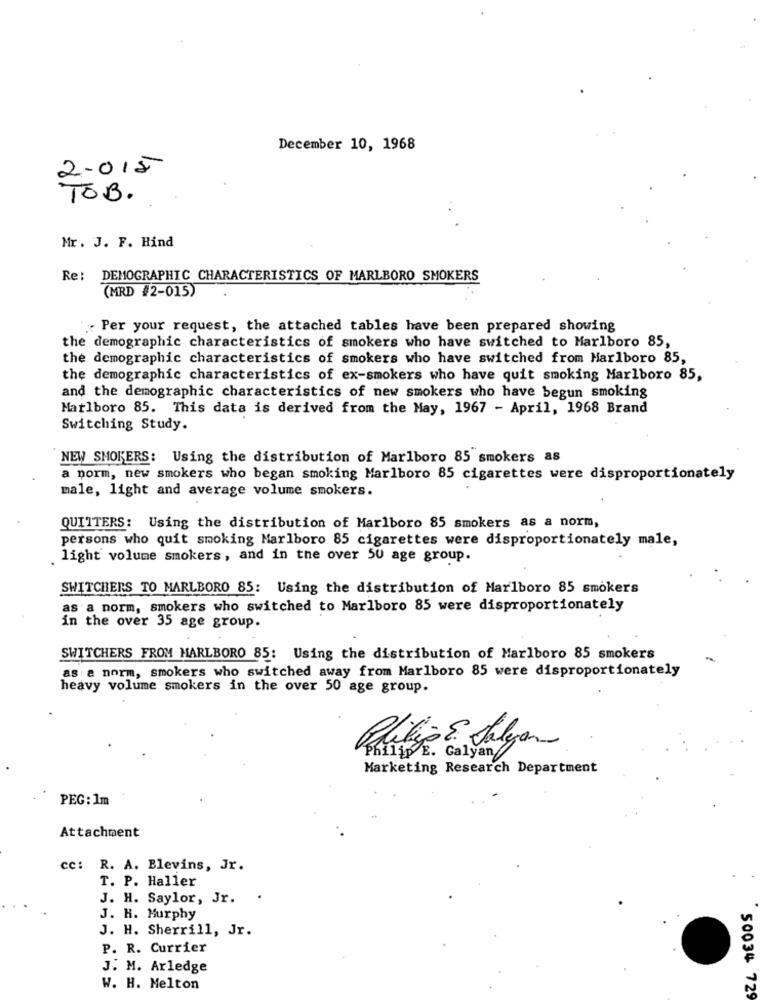
December 10, 1968
2.015
TOB.
Mr. J. F. Hind
Re: DEMOGRAPHIC CHARACTERISTICS OF MARLBORO SMOKERS
(MRD #2-015)
; Per your request, the attached tables have been prepared showing
the demographic characteristics of smokers who have switched to Marlboro 85,
the demographic characteristics of smokers who have switched from Marlboro 85,
the demographic characteristics of ex-smokers who have quit smoking Marlboro 85,
and the demographic characteristics of new smokers who have begun smoking
Marlboro 85. This data is derived from the May, 1967 - April, 1968 Brand
Switching Study.
NEW SMOKERS: Using the distribution of Marlboro 85 smokers as
a norm, new smokers who began smoking Marlboro 85 cigarettes were disproportionately
male, light and average volume smokers.
QUITTERS: Using the distribution of Marlboro 85 smokers as a norm,
persons who quit smoking Marlboro 85 cigarettes were disproportionately male,
light volume smokers, and in the over 50 age group.
SWITCHERS TO MARLBORO 85: Using the distribution of Marlboro 85 smokers
as a norm, smokers who switched to Marlboro 85 were disproportionately
in the over 35 age group.
SWITCHERS FROM MARLBORO 85: Using the distribution of Marlboro 85 smokers
-
as a norm, smokers who switched away from Marlboro 85 were disproportionately
heavy volume smokers in the over 50 age group.
Philip E. Galyan
Marketing Research Department
PEG: 1m
Attachment
cc: R. A. Blevins, Jr.
T. P. Haller
J. H. Saylor, Jr.
J. H. Murphy
J. H. Sherrill, Jr.
P. R. Currier
J. M. Arledge
W. H. Melton
50034 729